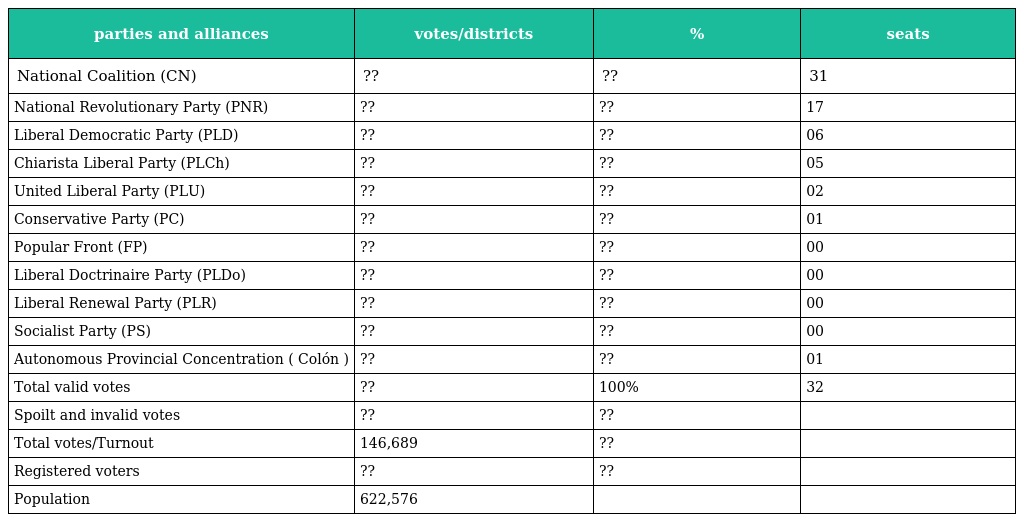
| parties and alliances | votes/districts | % | seats |
 | --- | --- | --- | --- |
 | National Coalition (CN) | ?? | ?? | 31 |
 | National Revolutionary Party (PNR) | ?? | ?? | 17 |
 | Liberal Democratic Party (PLD) | ?? | ?? | 06 |
 | Chiarista Liberal Party (PLCh) | ?? | ?? | 05 |
 | United Liberal Party (PLU) | ?? | ?? | 02 |
 | Conservative Party (PC) | ?? | ?? | 01 |
 | Popular Front (FP) | ?? | ?? | 00 |
 | Liberal Doctrinaire Party (PLDo) | ?? | ?? | 00 |
 | Liberal Renewal Party (PLR) | ?? | ?? | 00 |
 | Socialist Party (PS) | ?? | ?? | 00 |
 | Autonomous Provincial Concentration ( Colón ) | ?? | ?? | 01 |
 | Total valid votes | ?? | 100% | 32 |
 | Spoilt and invalid votes | ?? | ?? |  |
 | Total votes/Turnout | 146,689 | ?? |  |
 | Registered voters | ?? | ?? |  |
 | Population | 622,576 |  |  |